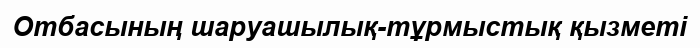
Отбасының шаруашылық-тұрмыстық қызметі